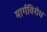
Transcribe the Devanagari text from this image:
मार्गविरोध